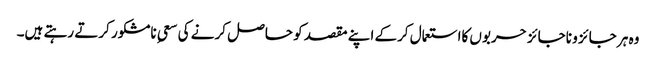
وہ ہر جائز و ناجائز حربوں کااستعمال کرکے اپنے مقصد کو حاصل کرنے کی سعیِ نامشکور کرتے رہتے ہیں۔